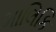
માલિકિ